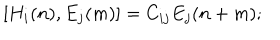
[ H _ { i } ( n ) , E _ { j } ( m ) ] = C _ { i j } E _ { j } ( n + m ) ;